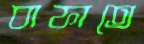
বাফাতে